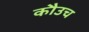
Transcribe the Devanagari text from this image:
कौउच